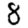
Digit: 8